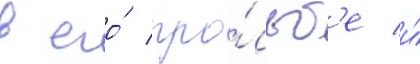
в его́ про́сьб'е и́